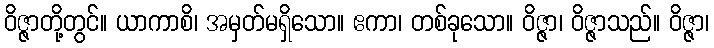
ဝိဇ္ဇာတို့တွင်။ ယာကာစိ၊ အမှတ်မရှိသော။ ဧကာ၊ တစ်ခုသော။ ဝိဇ္ဇာ၊ ဝိဇ္ဇာသည်။ ဝိဇ္ဇာ၊